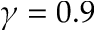
\gamma = 0 . 9